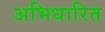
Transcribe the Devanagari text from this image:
अभिधारित